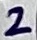
Text: 2